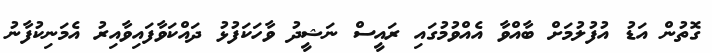
ގޮތުން އަޑު އުފުލުމަށް ބާއްވާ އެއްވުމުގައި ރައީސް ނަޝީދު ވާހަކަފުޅު ދައްކަވާފައިވާއިރު އެމަނިކުފާނު